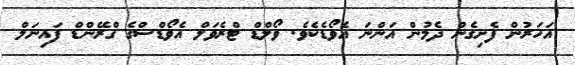
އަހަރުން ފެށިގެން ދެމުން އަންނަ އެވޯޑެކެވެ. ވޯލްޑް ޓްރެވަލް އެވޯޑްސްގެ ގްރޭންޑް ފައިނަލް